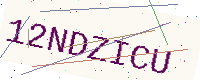
Text: 12NDZICU